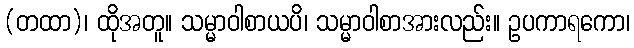
(တထာ)၊ ထိုအတူ။ သမ္မာဝါစာယပိ၊ သမ္မာဝါစာအားလည်း။ ဥပကာရကော၊